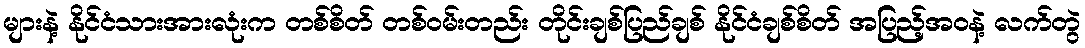
များနဲ့ နိုင်ငံသားအားလုံးက တစ်စိတ် တစ်ဝမ်းတည်း တိုင်းချစ်ပြည်ချစ် နိုင်ငံချစ်စိတ် အပြည့်အဝနဲ့ လက်တွဲ